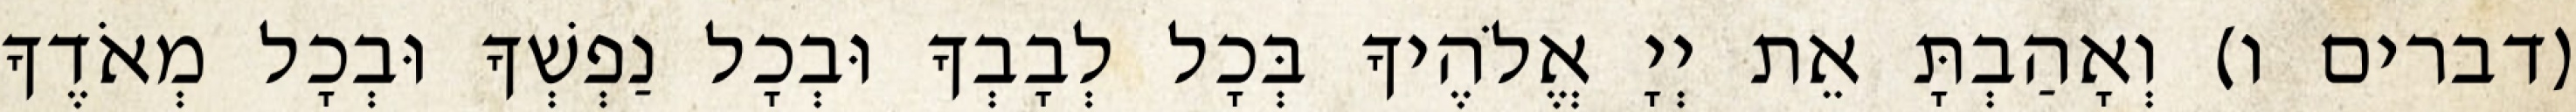
(דברים ו) וְאָהַבְתָּ אֵת יְיָ אֱלֹהֶיךָ בְּכָל לְבָבְךָ וּבְכָל נַפְשְׁךָ וּבְכָל מְאֹדֶךָ